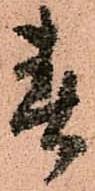
春